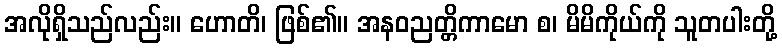
အလိုရှိသည်လည်း။ ဟောတိ၊ ဖြစ်၏။ အနဝညတ္တိကာမော စ၊ မိမိကိုယ်ကို သူတပါးတို့